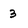
Character: 3